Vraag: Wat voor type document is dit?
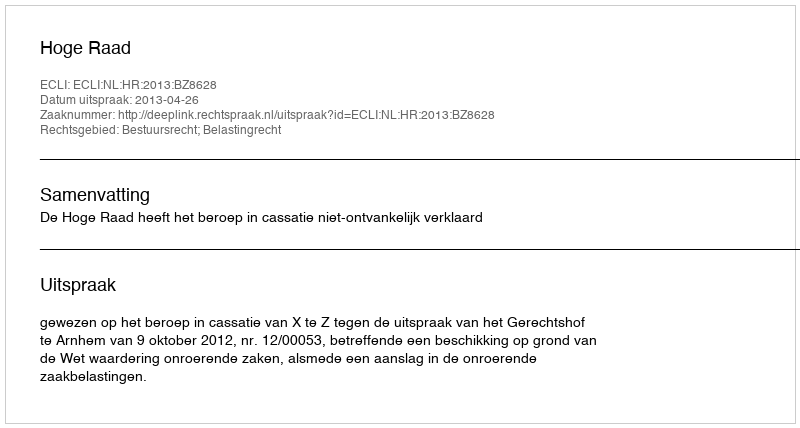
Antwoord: Uitspraak